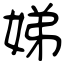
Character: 娣